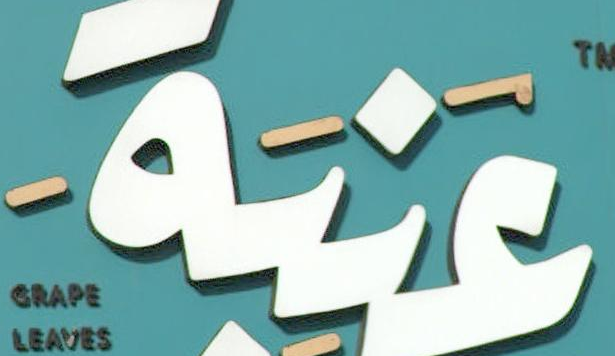
عنية